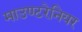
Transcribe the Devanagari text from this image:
माउण्टरेनियर